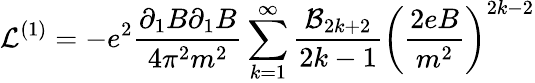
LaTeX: {\cal L}^{(1)}=-e^{2}\frac{\partial_{1}B\partial_{1}B}{4\pi^{2}m^{2}}\sum_{k=1}^{\infty}\frac{{\cal B}_{2k+2}}{2k-1}\left(\frac{2eB}{m^{2}}\right)^{2k-2}